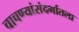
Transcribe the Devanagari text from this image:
चाचण्यांसंदर्भातला